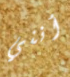
أنني